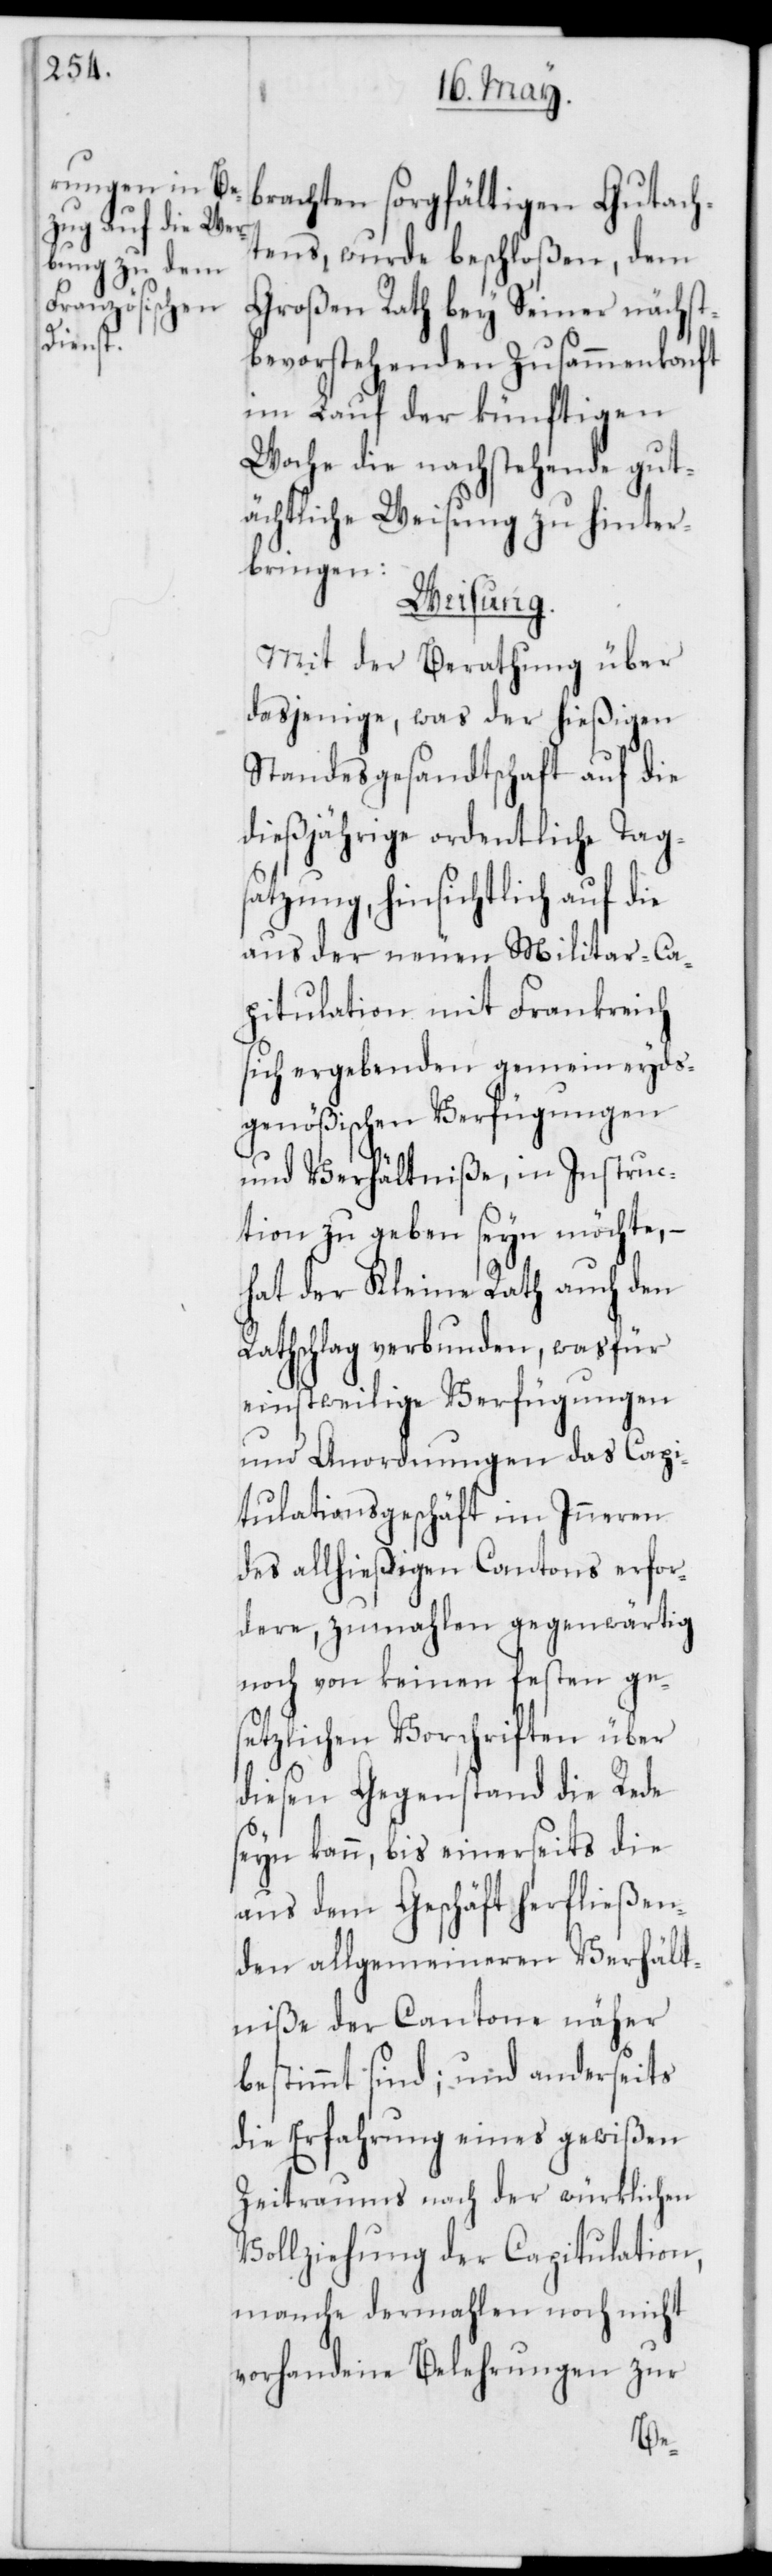
brachten sorgfältigen Gutach¬
tens, wurde beschloßen, dem
Großen Rath bey Seiner nächst
bevorstehenden Zusammenkonft
im Lauf der künftigen
Woche die nachstehende gut¬
ächtliche Weisung zu hinter¬
bringen:
Weisung.
Mit der Berathung über
dasjenige, was der hießigen
Standesgesandtschaft auf die
dießjährige ordentliche Tags¬
atzung, hinsichtlich auf die
aus der neuen Militair-Ca¬
pitulation mit Frankreich
sich ergebenden gemeineyds¬
genößischen Verfügungen
und Verhältniße, in Instruc¬
tion zu geben seyn möchte, –
hat der Kleine Rath auch den
Rathschlag verbunden, was für
einstweilige Verfügungen
und Anordnungen das Capi¬
tulationsgeschäft im Inneren
des allhießigen Cantons erfor¬
dere, zumahlen gegenwärtig
noch von keinen festen ges¬
etzlichen Vorschriften über
diesen Gegenstand die Rede
seyn kann, bis einerseits die
aus dem Geschäft herfließen¬
den allgemeineren Verhält¬
niße der Cantone näher
bestimmt sind; und anderseits
die Erfahrung eines gewißen
Zeitraums nach der würklichen
Vollziehung der Capitulation,
manche dermahlen noch nicht
vorhandene Belehrungen zur